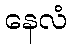
နေလံ